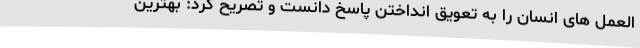
العمل های انسان را به تعویق انداختن پاسخ دانست و تصریح کرد: بهترین